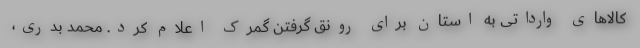
کالاهای وارداتی به استان برای رونق گرفتن گمرک اعلام کرد. محمد بدری،